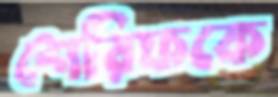
শেরিফকে